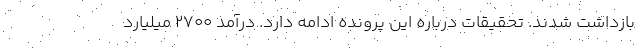
بازداشت شدند. تحقیقات درباره این پرونده ادامه دارد. درآمد ۲۷۰۰ میلیارد